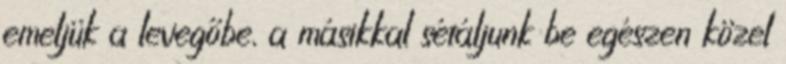
emeljük a levegőbe, a másikkal sétáljunk be egészen közel